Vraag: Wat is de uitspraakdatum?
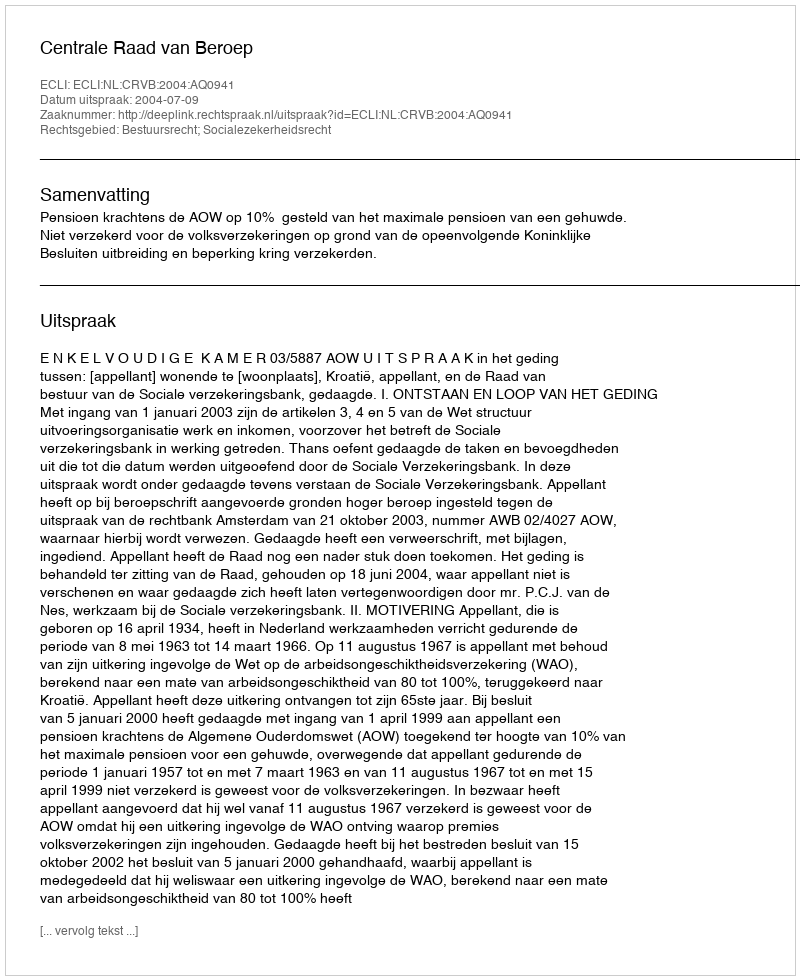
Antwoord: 2004-07-09